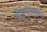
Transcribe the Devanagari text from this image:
ओट्टुपुलक्कल